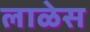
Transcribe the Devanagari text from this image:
लाळेस